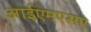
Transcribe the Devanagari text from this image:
आईएमएसए